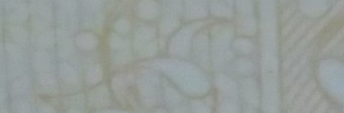
Best Prices